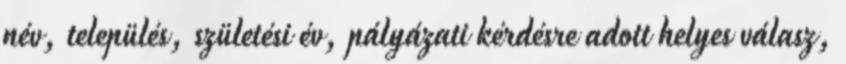
név, település, születési év, pályázati kérdésre adott helyes válasz,